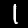
Digit: 1